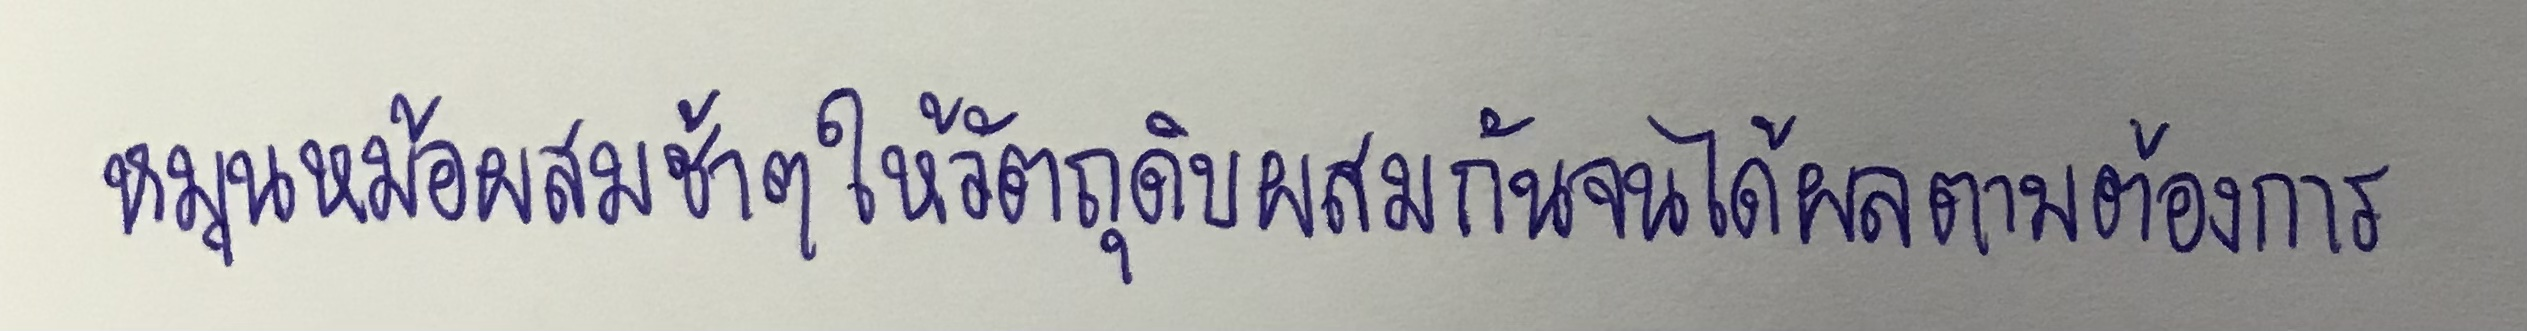
หมุนหม้อผสมช้าๆให้วัตถุดิบผสมกันจนได้ผลตามต้องการ